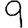
Digit: 9